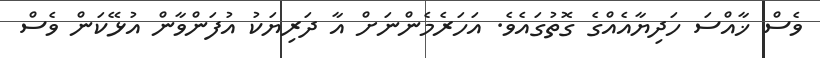
ވެސް ޚާއްސަ ހަދިޔާއެއްގެ ގޮތުގައެވެ. އަހަރެމެންނަށް އާ ދަރިޔަކު އުފަންވާން އުޅޭކަން ވެސް